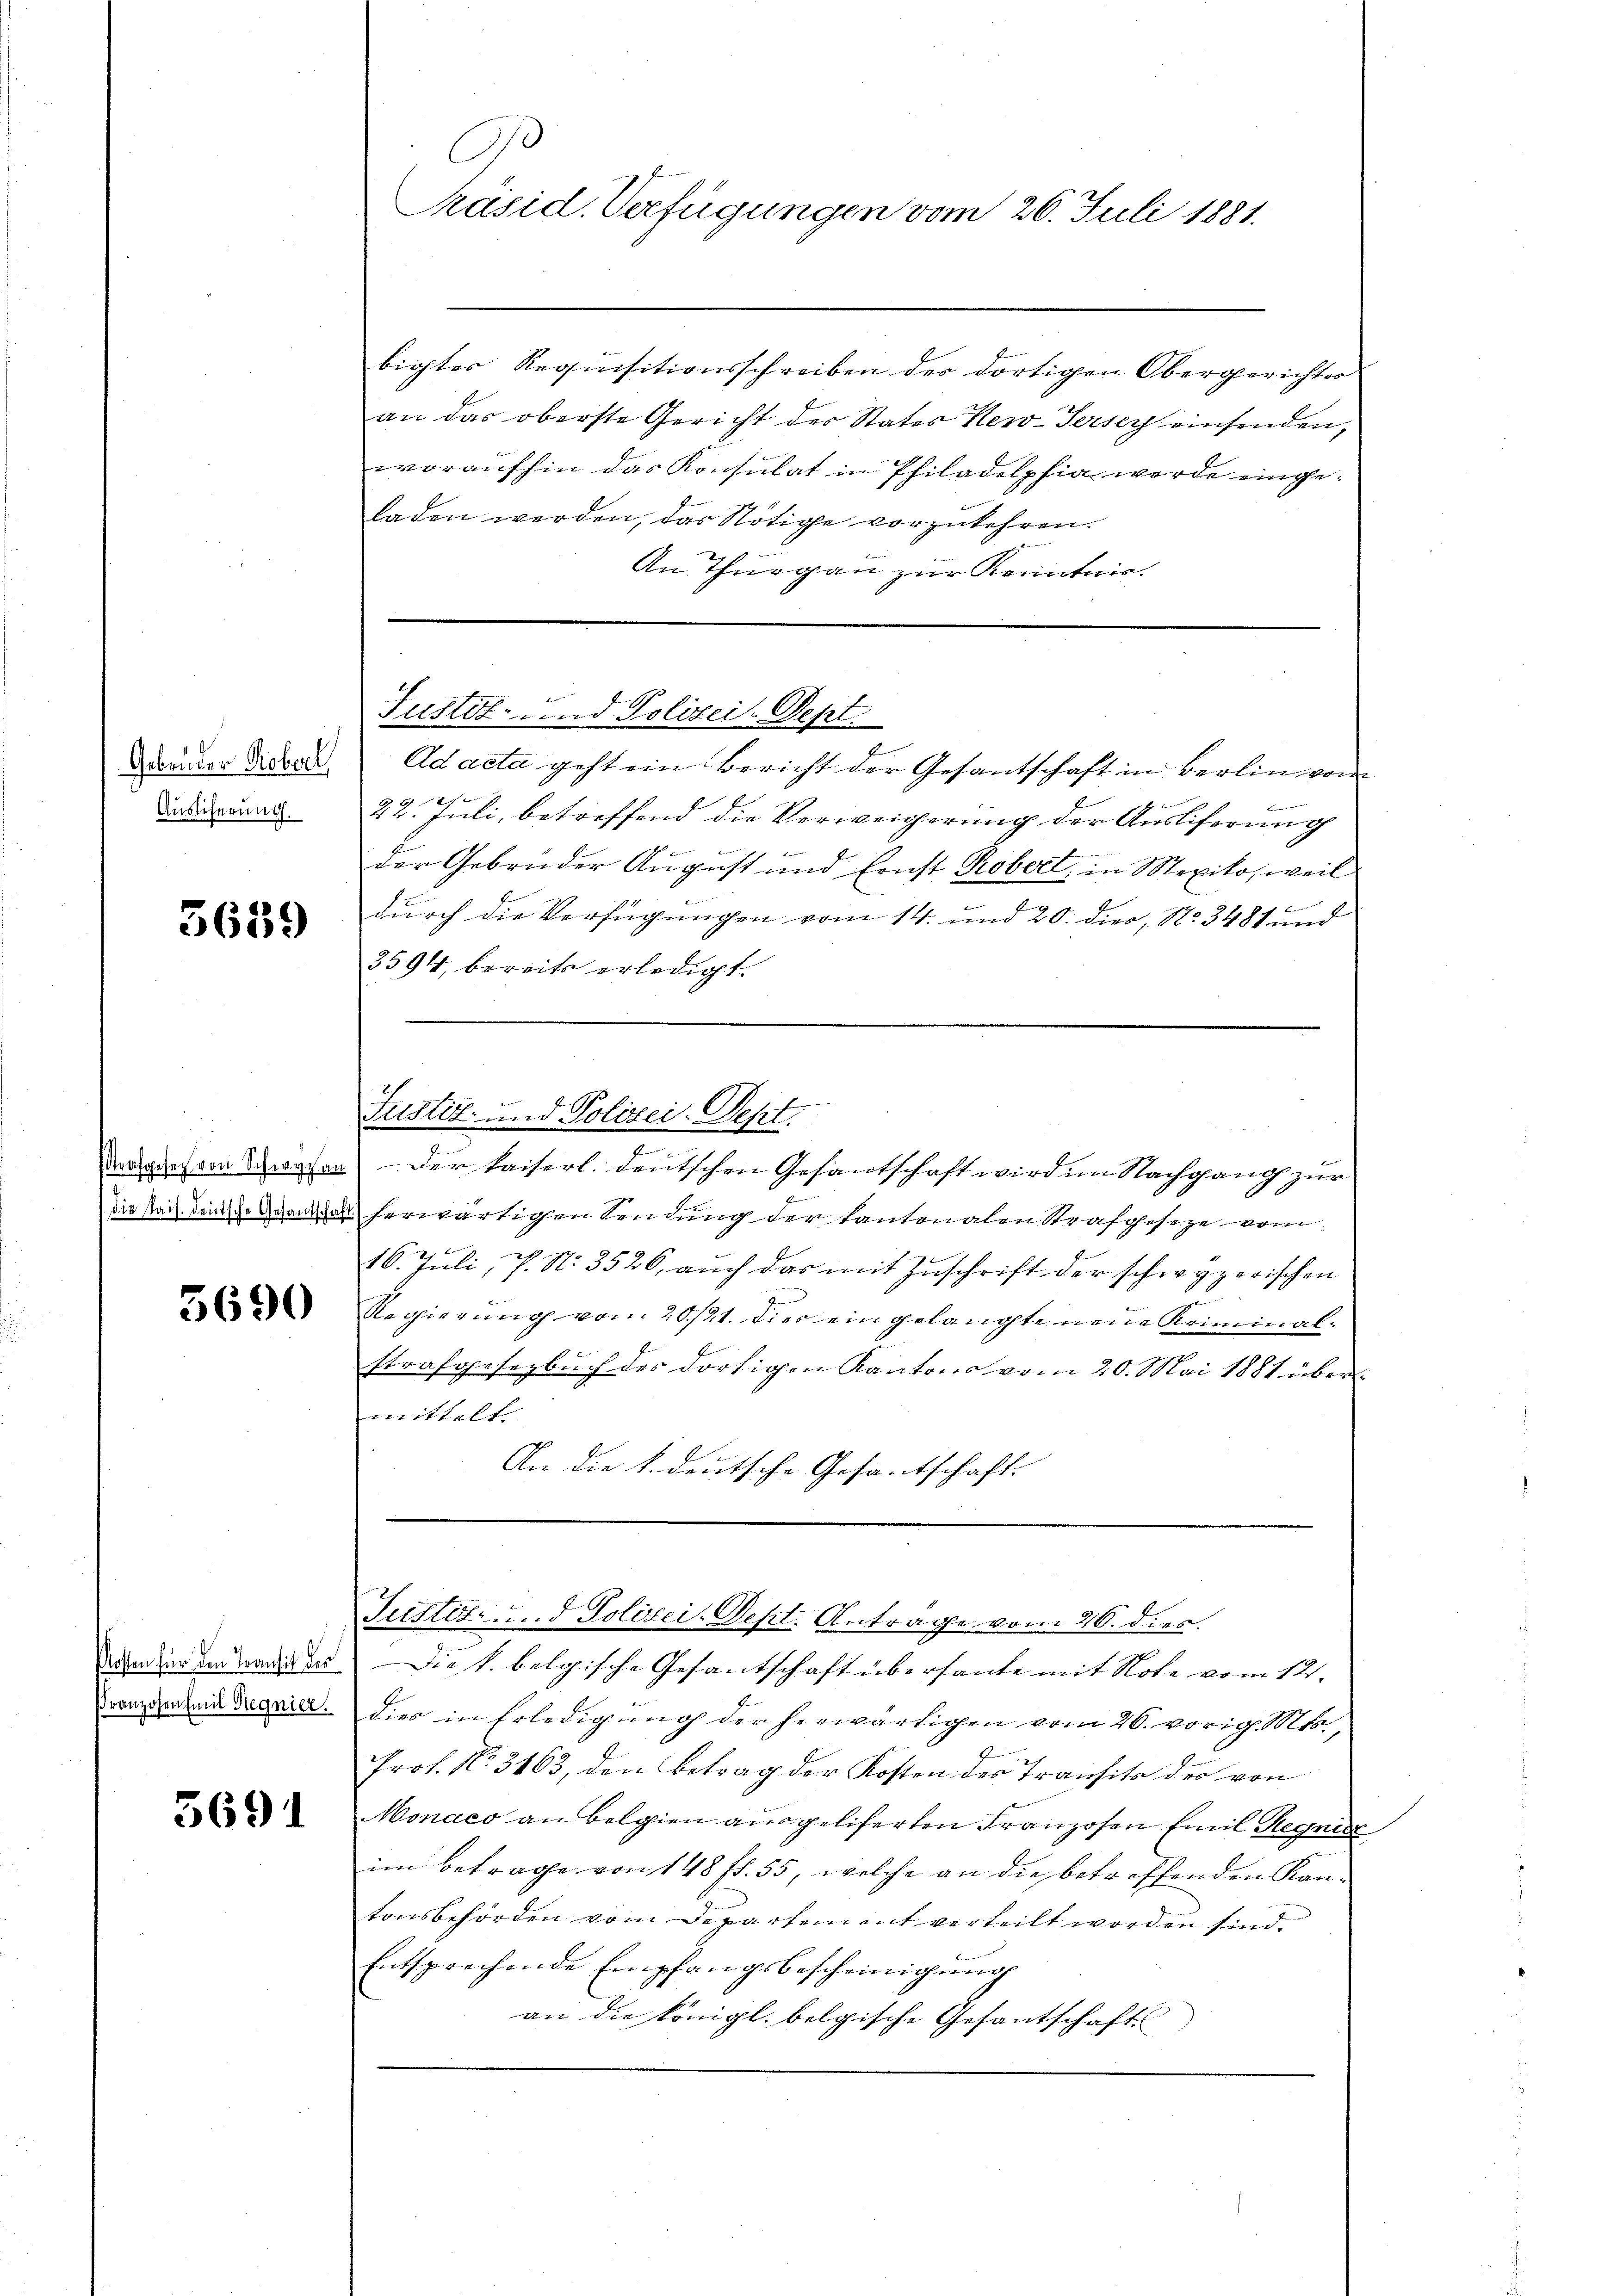
Gebrüder Robert,
Auslicherung.

5659

3690

Franzosen Emil Regnier.

5691

C
Präsid. Verfügungen vom 26. Juli 1881.

bigtes Requisitionsschreiben des dortigen Obergerichtes
an das oberste Gericht des States Hero-Jersey einsenden,
woraufhin das Konsulat in Philadelphia werde ungeladen werden, das Nötige vorzukehren.
An Thurgau zur Kenntnis.

Justiz- und Polizei-Dept.

Ad acta geht ein Bericht der Gesantschaft in Berlin von

22. Juli, betreffend die Verweigerung der Ausliferung
der Gebrüder August und Ernst Robert, in Mexiko, weil

durch die Verfügungen vom 14. und 20. dies, No. 3481 und
3594, bereits erledigt.
Justiz- und Polizei. Sept.
.
aadoch von Zwesen der kaiserl. deutschen Gesantschaft wird im Nachgang zur
ir bei dene ganzes herwärtigen Sendung der Kantonalen Strafgeseze vom
16. Juli, P. N. 3526, aŭch das mit Zŭschrift der schwyzerischen

Regierung vom 20./21. dies eingelangte neue Kriminalstrafgesetzbuch des dortigen Kantons vom 20. Mai 1881 übermittelt.
An die k. deutsche Gesantschaft

Tustöt- u. d. Polizei-Dept. Antrage vom 26. dies

den in den weiten Die k. belgische Gesantschaft übersante mit Note vom 12.
dies in Erledigung der herwärtigen vom 26. vorig. Mts.,
Prot. No. 3163, den Betrag der Kosten des Transit des von
Monaco an Belgien ausgeliferten Franzosen Emil Regnis
im Betrage von 148 fl. 55, welche an die betreffenden Kan-
tonsbehörden vom Departement verteilt worden sind.
Entsprechende Empfangsbescheinigŭng
an die Königl. belgische Gesantschaft